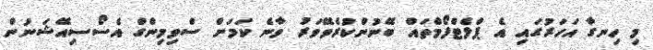
މި ހިނގާ އަހަރުގައި އެ ޕްލެޓްފޯމްތައް ބޭނުންކުރެވޭވަރު ވާނެ ކަމަށް ސްވިމިންގް އެސޯސިއޭޝަނުން